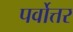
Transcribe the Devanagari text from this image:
पर्वोत्तर